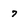
Character: 7